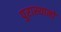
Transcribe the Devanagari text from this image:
पुरास्थानों